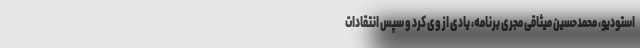
استودیو، محمدحسین میثاقی مجری برنامه، یادی از وی کرد و سپس انتقادات